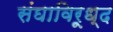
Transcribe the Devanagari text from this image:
संघाविरूध्द